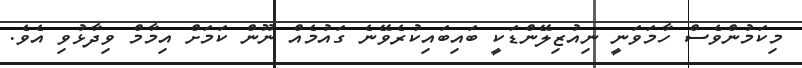
މިކަމުންވެސް ހާމަވަނީ ނިއުޒިލޭންޑަކީ ބައިބައިކުރެވޭނެ ގައުމެއް ނޫން ކަމަށް އިމާމް ވިދާޅުވި އެވެ.